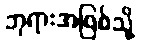
ဘုရားအဖြစ်သို့